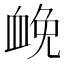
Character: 𧖵